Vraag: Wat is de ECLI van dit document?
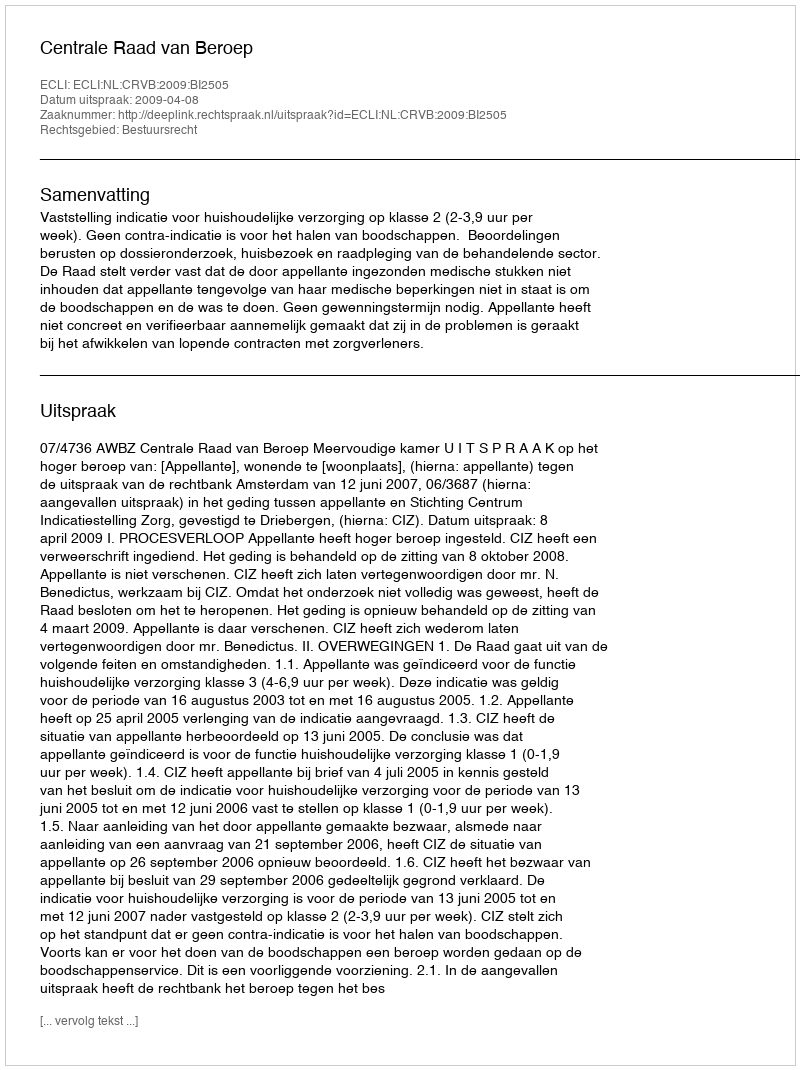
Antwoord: ECLI:NL:CRVB:2009:BI2505